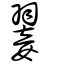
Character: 翣